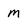
Character: M